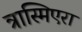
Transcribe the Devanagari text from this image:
त्रास्मिएरा